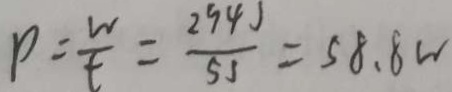
P = \frac { w } { t } = \frac { 2 9 4 J } { 5 J } = 5 8 . 8 W